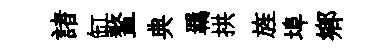
諸缸鳌典羈拱旌埠郷